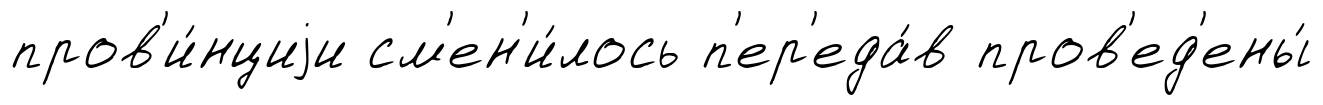
пров'и́нциjи см'ен'и́лось п'ер'еда́в пров'ед'ены́